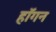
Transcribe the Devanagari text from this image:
हाॅगन